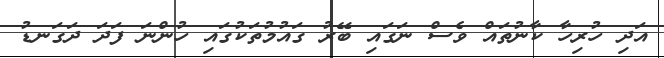
އަދި ހުރިހާ ކާނުތައް ވެސް ނަގައި ބޭރު ގައުމުތަކުގައި ހުންނަ ފަދަ ދަގަނޑު